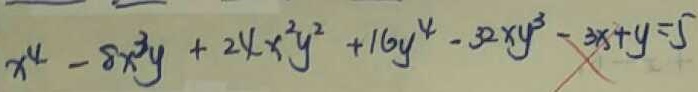
x ^ { 4 } - 8 x ^ { 3 } y + 2 4 x ^ { 2 } y ^ { 2 } + 1 6 y ^ { 4 } - 3 2 x y ^ { 3 } - 3 x + y = 5